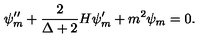
\psi _ { m } ^ { \prime \prime } + \frac { 2 } { \Delta + 2 } H \psi _ { m } ^ { \prime } + m ^ { 2 } \psi _ { m } = 0 .